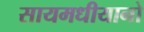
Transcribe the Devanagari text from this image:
सायमधीयानो